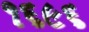
૧૬૯૬